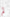
لم